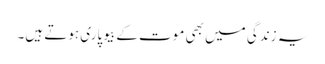
یہ زندگی میں بھی موت کے بیوپاری ہوتے ہیں۔